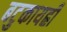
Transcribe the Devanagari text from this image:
बटुकायह्रीं